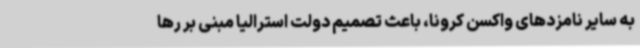
به سایر نامزدهای واکسن کرونا، باعث تصمیم دولت استرالیا مبنی بر رها